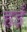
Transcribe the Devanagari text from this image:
हइँ